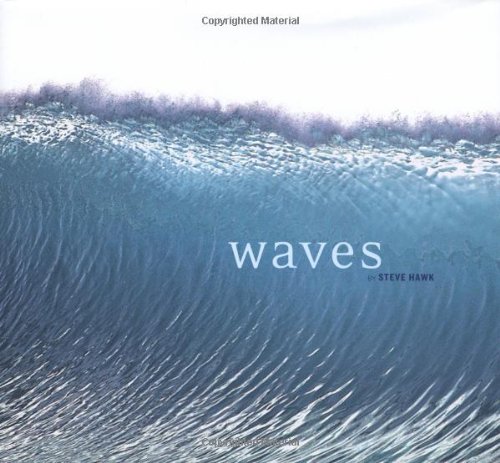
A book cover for Waves; Steve Hawk; Arts & Photography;